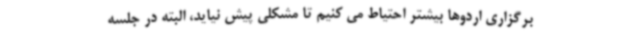
برگزاری اردوها بیشتر احتیاط می کنیم تا مشکلی پیش نیاید، البته در جلسه